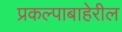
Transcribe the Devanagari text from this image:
प्रकल्पाबाहेरील